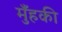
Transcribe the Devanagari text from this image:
मुँहकी